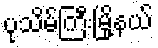
ပုသိမ်ကြီးမြို့နယ်